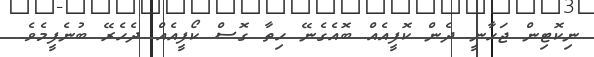
ނިކޮޓިން ޖަހާނީ ދެން ކޮފީއެއް ބޮއެގެނޭ ހިތާ ގޮސް ކޯފީއެއް ދެހެރޭ ބުނެފީމެވެ.